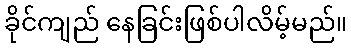
ခိုင်ကျည် နေခြင်းဖြစ်ပါလိမ့်မည်။